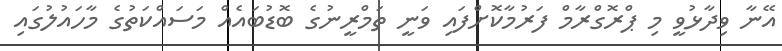
އޭނާ ވިދާޅުވީ މި ޕްރޮގްރާމް ފަރުމާކޮށްފައި ވަނީ ތަމްރީނުގެ ބޮޑުބައެއް މަސައްކަތުގެ މާހައުލުގައި